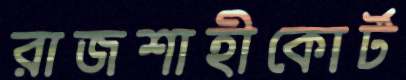
রাজশাহীকোর্ট